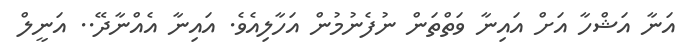
އަނާ އަޝްހާ އަށް އައިނާ ވަތްތަން ނުފެނުމުން އަހާލިއެވެ. އައިނާ އެއްނާދޭ.. އަނީލް